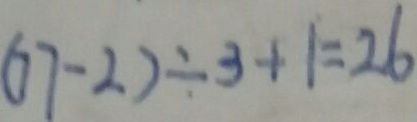
( 7 7 - 2 ) \div 3 + 1 = 2 6